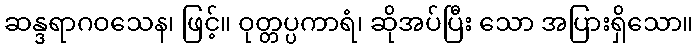
ဆန္ဒရာဂဝသေန၊ ဖြင့်။ ဝုတ္တပ္ပကာရံ၊ ဆိုအပ်ပြီး သော အပြားရှိသော။